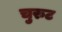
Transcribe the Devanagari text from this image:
चुरुट